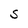
Character: S